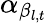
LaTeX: \alpha_{\beta_{l,t}}